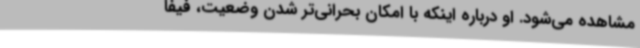
مشاهده می‌شود. او درباره اینکه با امکان بحرانی‌تر شدن وضعیت، فیفا